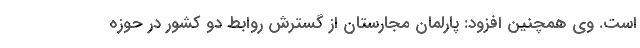
است. وی همچنین افزود: پارلمان مجارستان از گسترش روابط دو کشور در حوزه